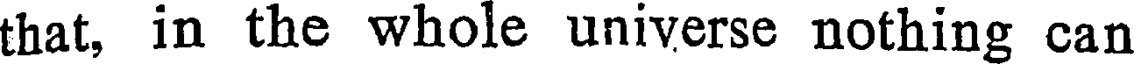
that, in the whole universe nothing can